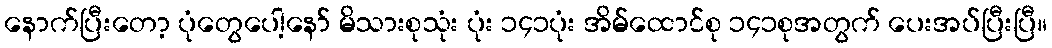
နောက်ပြီးတော့ ပုံတွေပေါ့နော် မိသားစုသုံး ပုံး ၁၄၁ပုံး အိမ်ထောင်စု ၁၄၁စုအတွက် ပေးအပ်ပြီးပြီ။